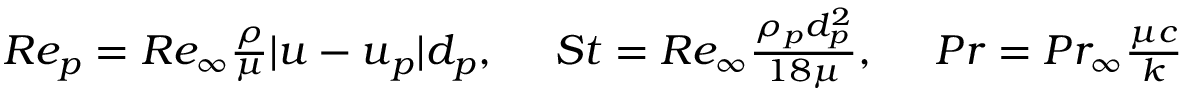
\begin{array} { r } { R e _ { p } = R e _ { \infty } \frac { \rho } { \mu } | \boldsymbol { u } - \boldsymbol { u } _ { p } | d _ { p } , \ \ \ \ S t = R e _ { \infty } \frac { \rho _ { p } d _ { p } ^ { 2 } } { 1 8 \mu } , \ \ \ \ P r = P r _ { \infty } \frac { \mu c } { k } } \end{array}